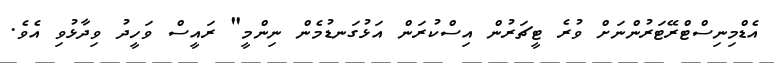
އެޑްމިނިސްޓްރޭޓަރުންނަށް ވުރެ ޓީޗަރުން އިސްކުރަން އަޅުގަނޑުމެން ނިންމީ" ރައީސް ވަހީދު ވިދާޅުވި އެވެ.